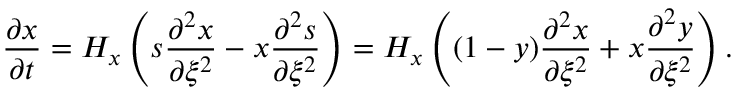
\frac { \partial x } { \partial t } = H _ { x } \left( s \frac { \partial ^ { 2 } x } { \partial \xi ^ { 2 } } - x \frac { \partial ^ { 2 } s } { \partial \xi ^ { 2 } } \right) = H _ { x } \left( ( 1 - y ) \frac { \partial ^ { 2 } x } { \partial \xi ^ { 2 } } + x \frac { \partial ^ { 2 } y } { \partial \xi ^ { 2 } } \right) .